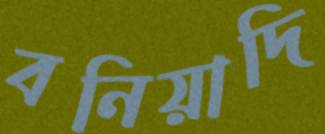
বনিয়াদি